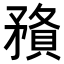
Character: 𥎉